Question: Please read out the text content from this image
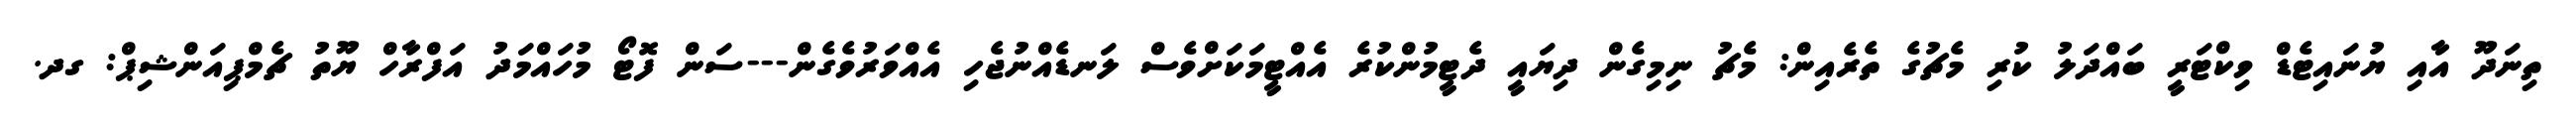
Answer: ތިނަދޫ އާއި ޔުނައިޓެޑް ވިކްޓަރީ ބައްދަލު ކުރި މެޗުގެ ތެރެއިން: މެޗު ނިމިގެން ދިޔައީ ދެޓީމުންކުރެ އެއްޓީމަކަށްވެސް ލަނޑެއްނުޖެހި އެއްވަރުވެގެން---ސަން ފޮޓޯ މުހައްމަދު އަފްރާހް ޔޫތު ޗެމްޕިއަންޝިޕް: ގދ.